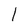
Character: l